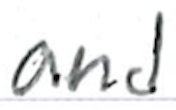
Text: and
Cross-out: clean
Writing tool: ballpoint